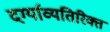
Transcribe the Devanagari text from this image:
दर्ग्याव्यतिरिक्त